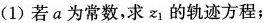
(1)若a为常数，求z_{1}的轨迹方程；